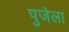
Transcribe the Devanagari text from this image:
पुजेला